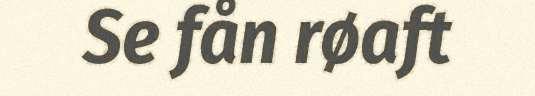
Se fån røaft